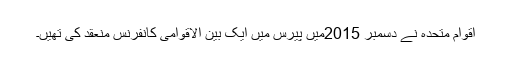
اقوام متحدہ نے دسمبر 2015میں پیرس میں ایک بین الاقوامی کانفرنس منعقد کی تھیں۔